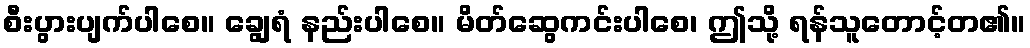
စီးပွားပျက်ပါစေ။ ချွေရံ နည်းပါစေ။ မိတ်ဆွေကင်းပါစေ၊ ဤသို့ ရန်သူတောင့်တ၏။